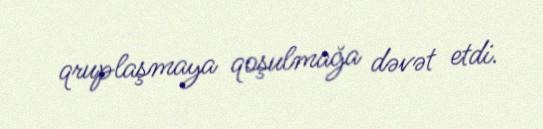
qruplaşmaya qoşulmağa dəvət etdi.